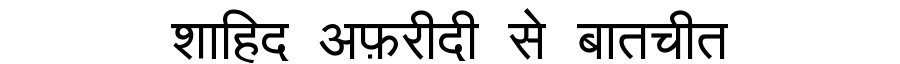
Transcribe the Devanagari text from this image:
शाहिद अफ़रीदी से बातचीत